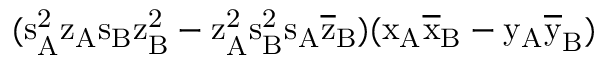
( \mathrm { s _ { A } ^ { 2 } \mathrm { z _ { A } \mathrm { s _ { B } \mathrm { z _ { B } ^ { 2 } - \mathrm { z _ { A } ^ { 2 } \mathrm { s _ { B } ^ { 2 } \mathrm { s _ { A } \mathrm { \overline { { z } } _ { B } ) ( \mathrm { x _ { A } \mathrm { \overline { { x } } _ { B } - \mathrm { y _ { A } \mathrm { \overline { { y } } _ { B } ) } } } } } } } } } } } }